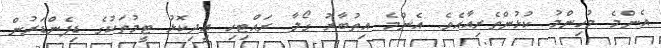
އެންމެ މުހިންމު ކުޅުންތެރިއާއެވެ. އެންމެ އިތުބާރު ގޯލާ ރައްޓިހި އިދިކޮޅު ޓީމުތަކުގެ ޑިފެންޑަރުން